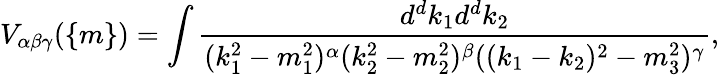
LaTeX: V_{\alpha\beta\gamma}(\{ m\} )=\int\frac{d^{d}k_{1}d^{d}k_{2}}{(k_{1}^{2}-m_{1}^{2})^{\alpha}(k_{2}^{2}-m_{2}^{2})^{\beta}((k_{1}-k_{2})^{2}-m_{3}^{2})^{\gamma}},